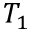
T _ { 1 }